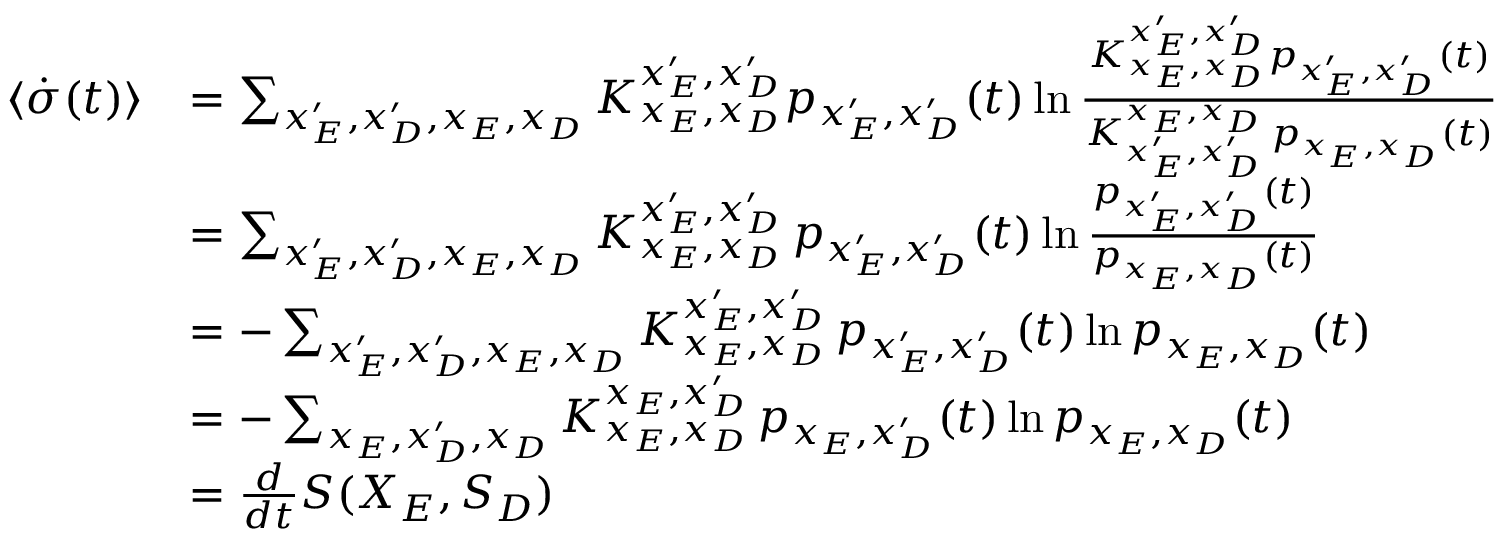
\begin{array} { r l } { \langle { \dot { \sigma } } ( t ) \rangle } & { = \sum _ { x _ { E } ^ { \prime } , x _ { D } ^ { \prime } , x _ { E } , x _ { D } } K _ { x _ { E } , x _ { D } } ^ { x _ { E } ^ { \prime } , x _ { D } ^ { \prime } } p _ { x _ { E } ^ { \prime } , x _ { D } ^ { \prime } } ( t ) \ln \frac { K _ { x _ { E } , x _ { D } } ^ { x _ { E } ^ { \prime } , x _ { D } ^ { \prime } } p _ { x _ { E } ^ { \prime } , x _ { D } ^ { \prime } } ( t ) } { K _ { x _ { E } ^ { \prime } , x _ { D } ^ { \prime } } ^ { x _ { E } , x _ { D } } \, p _ { x _ { E } , x _ { D } } ( t ) } } \\ & { = \sum _ { x _ { E } ^ { \prime } , x _ { D } ^ { \prime } , x _ { E } , x _ { D } } K _ { x _ { E } , x _ { D } } ^ { x _ { E } ^ { \prime } , x _ { D } ^ { \prime } } \, p _ { x _ { E } ^ { \prime } , x _ { D } ^ { \prime } } ( t ) \ln \frac { p _ { x _ { E } ^ { \prime } , x _ { D } ^ { \prime } } ( t ) } { p _ { x _ { E } , x _ { D } } ( t ) } } \\ & { = - \sum _ { x _ { E } ^ { \prime } , x _ { D } ^ { \prime } , x _ { E } , x _ { D } } K _ { x _ { E } , x _ { D } } ^ { x _ { E } ^ { \prime } , x _ { D } ^ { \prime } } \, p _ { x _ { E } ^ { \prime } , x _ { D } ^ { \prime } } ( t ) \ln p _ { x _ { E } , x _ { D } } ( t ) } \\ & { = - \sum _ { x _ { E } , x _ { D } ^ { \prime } , x _ { D } } K _ { x _ { E } , x _ { D } } ^ { x _ { E } , x _ { D } ^ { \prime } } \, p _ { x _ { E } , x _ { D } ^ { \prime } } ( t ) \ln p _ { x _ { E } , x _ { D } } ( t ) } \\ & { = \frac { d } { d t } S ( X _ { E } , S _ { D } ) } \end{array}